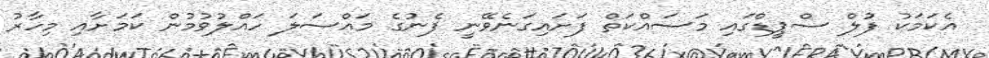
އެކަމަކު ފުލް ސްޕީޑްގައި މަސައްކަތް ފަށައިގަނެވޭނީ ފެނުގެ މައްސަލަ ހައްލުވުމުން ކަމަށާއި މިހާރު